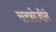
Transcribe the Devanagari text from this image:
सरफोजीने